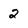
Character: 2